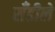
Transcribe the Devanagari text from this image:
सँडीले